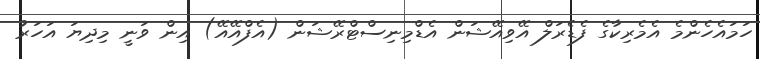
ހަމައެހެންމެ އެމެރިކާގެ ފެޑެރަލް އޭވިއޭޝަން އެޑްމިނިސްޓްރޭޝަން (އެފްއޭއޭ) އިން ވަނީ މިދިޔަ އަހަރު